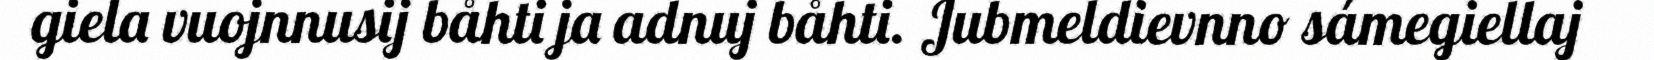
giela vuojnnusij båhti ja adnuj båhti. Jubmeldievnno sámegiellaj